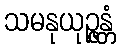
သမနုယုဉ္ဇန္တံ